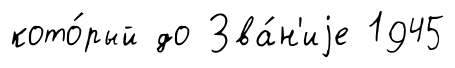
кото́рый до Зва́н'иjе 1945